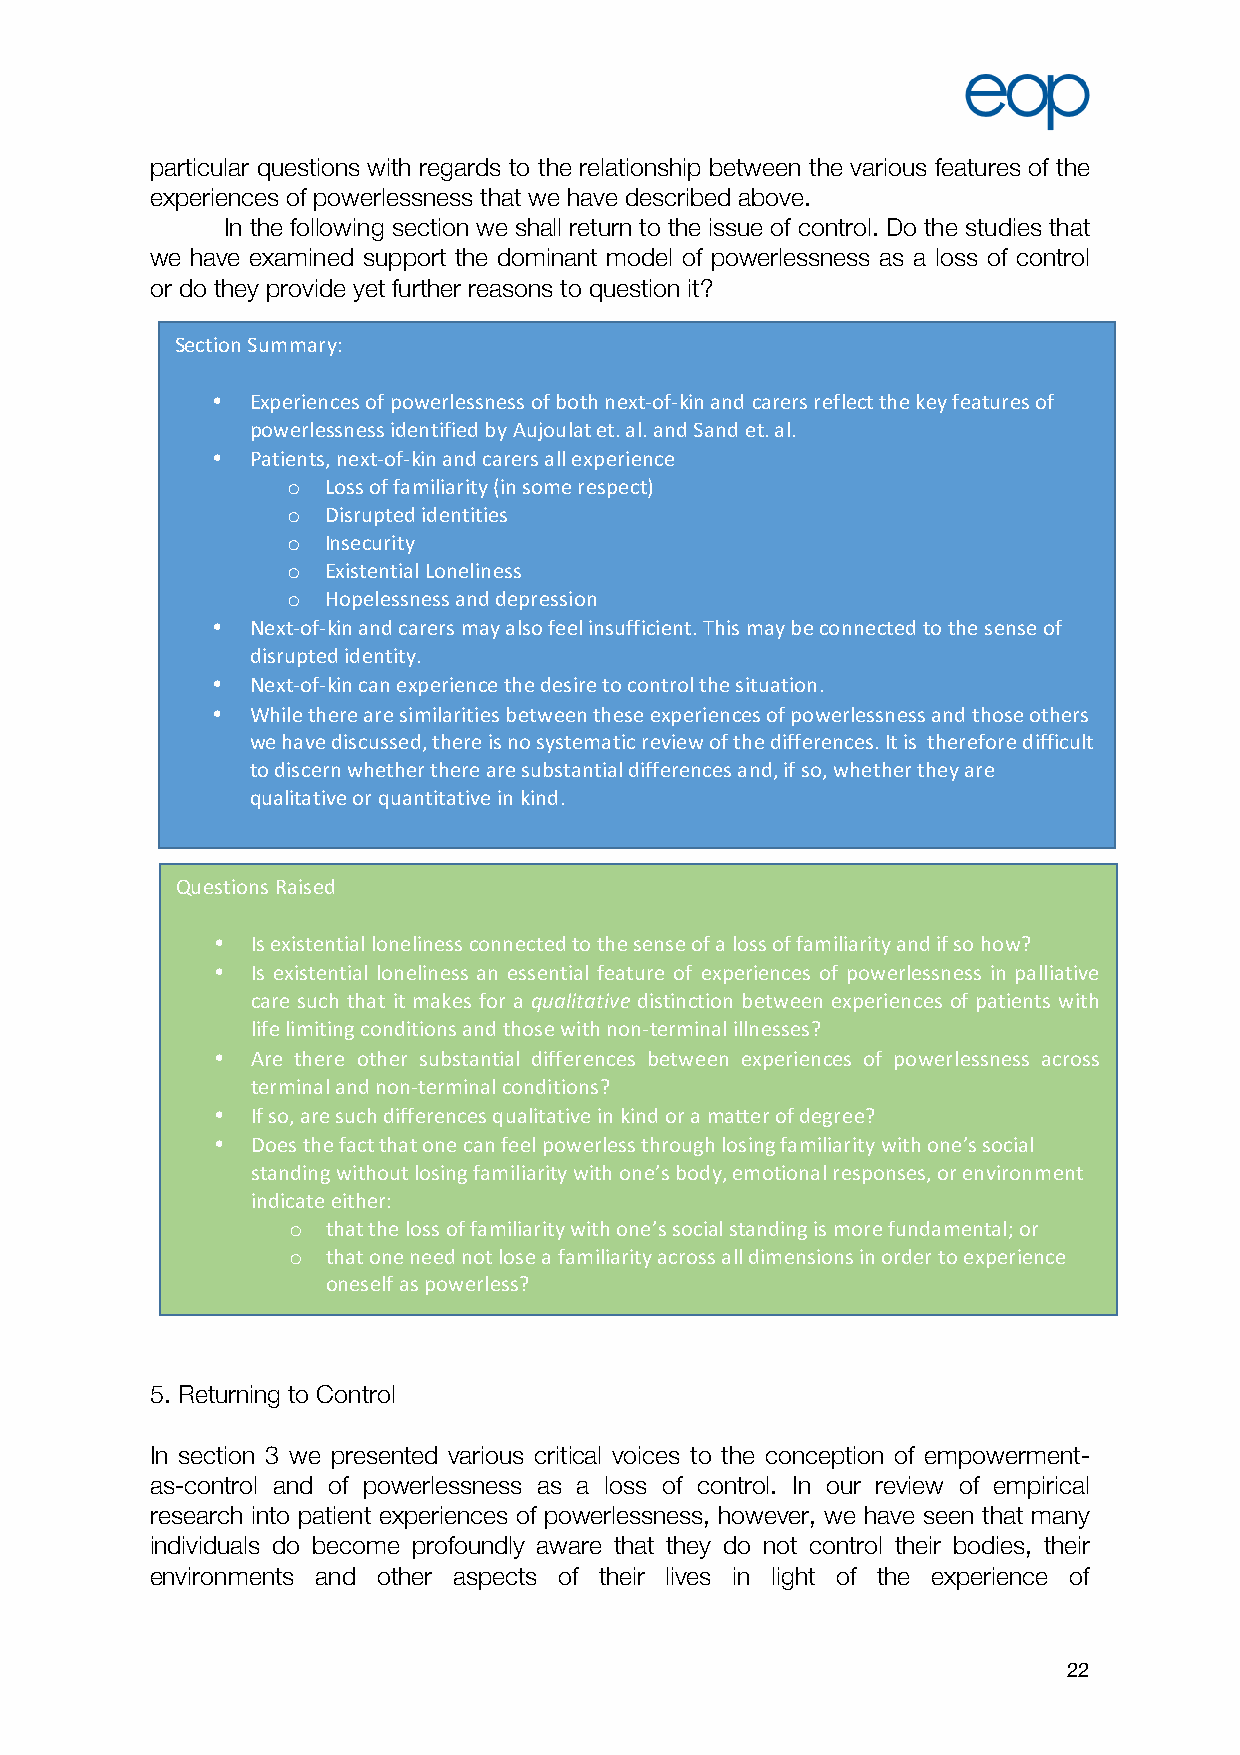
particular questions with regards to the relationship between the various features of the
 experiences of powerlessness that we have described above.
 In the following section we shall return to the issue of control. Do the studies that
 we have examined support the dominant model of powerlessness as a loss of control
 or do they provide yet further reasons to question it?
 Section Summary:
 •  Experiences of powerlessness of both next-of-kin and carers reflect the key features of
 powerlessness identified by Aujoulat et. al. and Sand et. al.
 •  Patients, next-of-kin and carers all experience
 o Loss of familiarity (in some respect)
 o Disrupted identities
 o Insecurity
 o Existential Loneliness
 o Hopelessness and depression
 •  Next-of-kin and carers may also feel insufficient. This may be connected to the sense of
 disrupted identity.
 •  Next-of-kin can experience the desire to control the situation.
 •  While there are similarities between these experiences of powerlessness and those others
 we have discussed, there is no systematic review of the differences. It is therefore difficult
 to discern whether there are substantial differences and, if so, whether they are
 qualitative or quantitative in kind.
 Questions Raised
 •  Is existential loneliness connected to the sense of a loss of familiarity and if so how?
 •  Is existential loneliness an essential feature of experiences of powerlessness in palliative
 care such that it makes for a qualitative distinction between experiences of patients with
 life limiting conditions and those with non-terminal illnesses?
 •  Are there other substantial differences between experiences of powerlessness across
 terminal and non-terminal conditions?
 •  If so, are such differences qualitative in kind or a matter of degree?
 •  Does the fact that one can feel powerless through losing familiarity with one’s social
 standing without losing familiarity with one’s body, emotional responses, or environment
 indicate either:
 o  that the loss of familiarity with one’s social standing is more fundamental; or
 o  that one need not lose a familiarity across all dimensions in order to experience
 oneself as powerless?
 5. Returning to Control
 In section 3 we presented various critical voices to the conception of empowerment-
 as-control and of powerlessness as a loss of control. In our review of empirical
 research into patient experiences of powerlessness, however, we have seen that many
 individuals do become profoundly aware that they do not control their bodies, their
 environments and other aspects of their lives in light of the experience of
 22